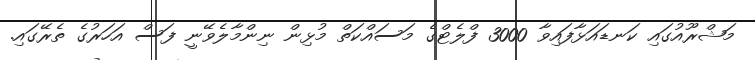
މަޝްރޫއުގައި ކަނޑައަޅާފައިވާ 3000 ފްލެޓްގެ މަސައްކަތް މުޅިން ނިންމާލެވޭނީ ފަސް އަހަރުގެ ތެރޭގައި.